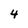
Character: 4